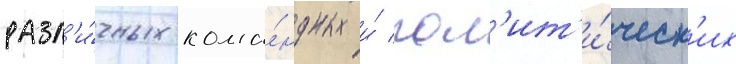
разл'и́чных кома́ндных и́ пол'ит'и́ческ'их